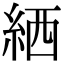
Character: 絤